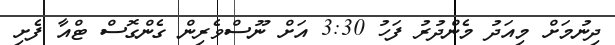
ދިނުމަށް މިއަދު މެންދުރު ފަހު 3:30 އަށް ނޫސްވެރިން ގެންގޮސް ޓްއާ ފެށި